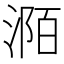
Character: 𣶊